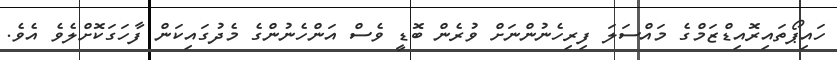
ހައިޕޯތައިރޮއިޑްޒަމްގެ މައްސަލަ ފިރިހެނުންނަށް ވުރެން ބޮޑީ ވެސް އަންހެނުންގެ މެދުގައިކަން ފާހަގަކޮށްލެވެ އެވެ.